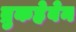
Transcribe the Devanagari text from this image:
ब्रुकहेवेन